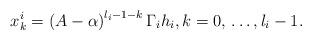
LaTeX: \begin{align*}x_{k}^{i}=\left( A-\alpha \right)^{l_{i}-1-k}\Gamma_{i}h_{i},k=0,\thinspace \mathellipsis ,l_{i}-1.\end{align*}